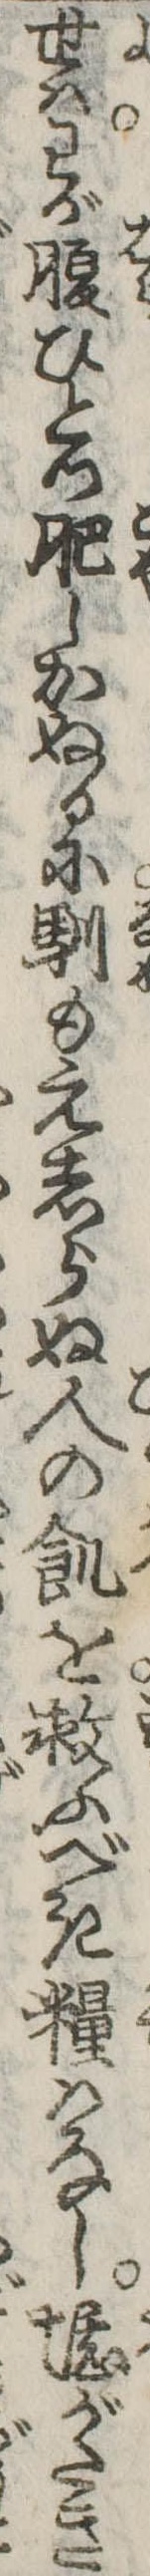
世はわが腹ひとつ肥しかぬるに馴もえしらぬ人の飢を救ふべき糧はなし堪がたき